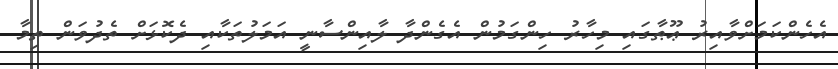
އެހެންކަމަށްވާއިރު ޢޫޠާގައި މިހާރު ހިންގަމުން އެގެންދާ ލާއިންސާނީ އަމަލުތަކާއި ދެކޮޅަށް ތެދުވަން ތިމާ